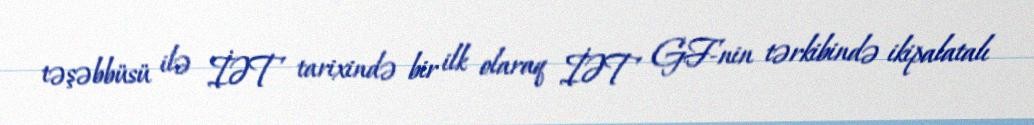
təşəbbüsü ilə İƏT tarixində bir ilk olaraq İƏT GF-nin tərkibində ikipalatalı